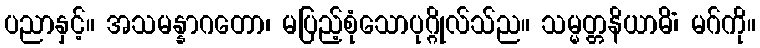
ပညာနှင့်။ အသမန္နာဂတော၊ မပြည့်စုံသောပုဂ္ဂိုလ်သ်ည။ သမ္မတ္တနိယာမိံ၊ မဂ်ကို။